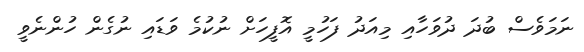
ނަމަވެސް ބުދަ ދުވަހާއި މިއަދު ފަހުމީ އޮފީހަށް ނުކުމެ ވަޑައި ނުގެން ހުންނެވީ